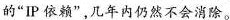
的“IP依赖”几年内仍然不会消除。